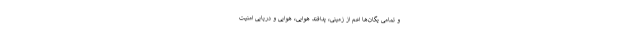
و تمامی یگان‌ها اعم از زمینی، پدافند هوایی، هوایی و دریایی امنیت